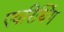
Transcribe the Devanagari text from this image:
एवरिथिंग